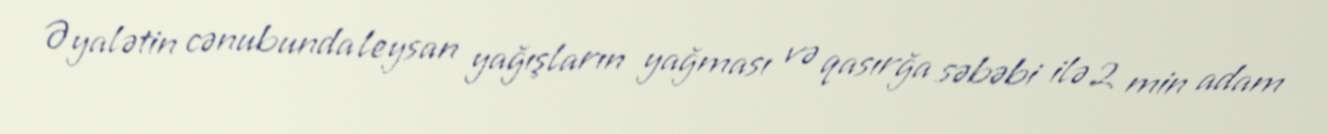
Əyalətin cənubunda leysan yağışların yağması və qasırğa səbəbi ilə 2 min adam